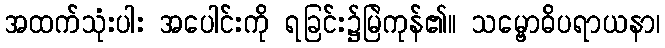
အထက်သုံးပါး အပေါင်းကို ရခြင်း၌မြဲကုန်၏။ သမ္ဗောဓိပရာယနာ၊